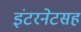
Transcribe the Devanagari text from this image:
इंटरनेटसह